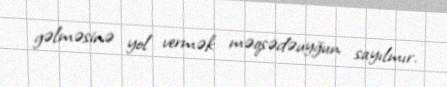
gəlməsinə yol vermək məqsədəuyğun sayılmır.